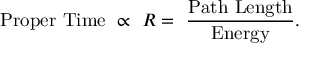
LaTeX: \mathrm { P r o p e r ~ T i m e } ~ \propto ~ R = ~ \mathrm { \frac { P a t h ~ L e n g t h } { E n e r g y } } .